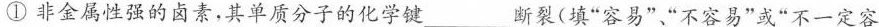
①非金属性强的卤素，其单质分子的化学键___断裂(填”容易””不容易”或“不一定容